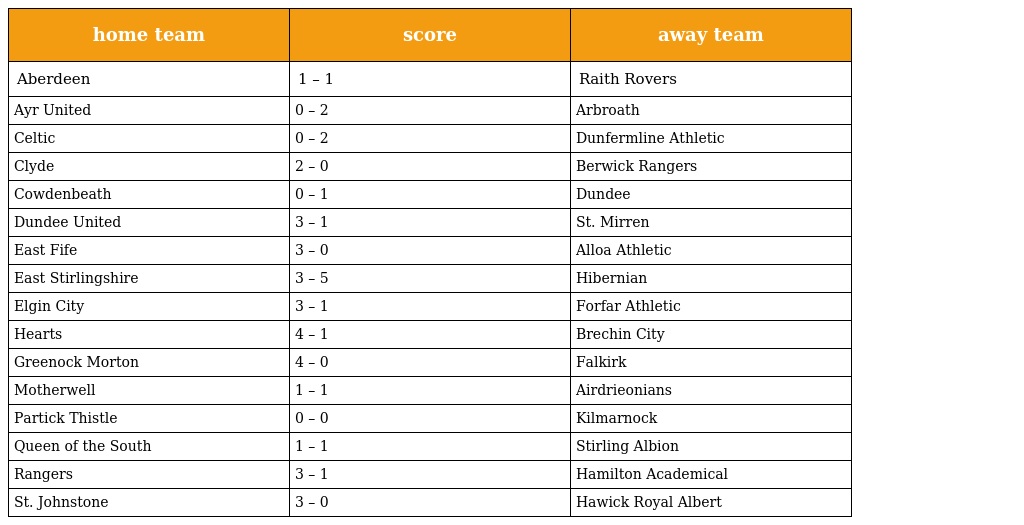
| home team | score | away team |
 | --- | --- | --- |
 | Aberdeen | 1 – 1 | Raith Rovers |
 | Ayr United | 0 – 2 | Arbroath |
 | Celtic | 0 – 2 | Dunfermline Athletic |
 | Clyde | 2 – 0 | Berwick Rangers |
 | Cowdenbeath | 0 – 1 | Dundee |
 | Dundee United | 3 – 1 | St. Mirren |
 | East Fife | 3 – 0 | Alloa Athletic |
 | East Stirlingshire | 3 – 5 | Hibernian |
 | Elgin City | 3 – 1 | Forfar Athletic |
 | Hearts | 4 – 1 | Brechin City |
 | Greenock Morton | 4 – 0 | Falkirk |
 | Motherwell | 1 – 1 | Airdrieonians |
 | Partick Thistle | 0 – 0 | Kilmarnock |
 | Queen of the South | 1 – 1 | Stirling Albion |
 | Rangers | 3 – 1 | Hamilton Academical |
 | St. Johnstone | 3 – 0 | Hawick Royal Albert |